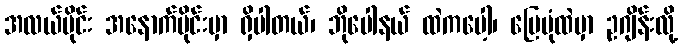
အလယ်ပိုင်း အနောက်ပိုင်းမှာ ရှိပါတယ်၊ ဘိုပေါနယ် ထဲကပေါ့၊ မြေပုံထဲမှာ ဥဂျိန်းလို့